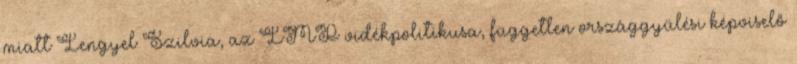
miatt Lengyel Szilvia, az LMP vidékpolitikusa, független országgyűlési képviselő